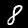
Digit: 8